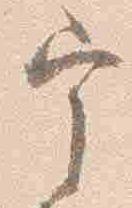
宰